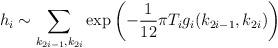
LaTeX: \begin{align*}h_i\sim\sum_{k_{2i-1},k_{2i}}\exp \left(-\frac{1}{12}\pi T_i g_i (k_{2i-1},k_{2i})\right)\end{align*}